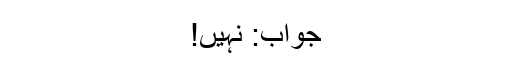
جواب: نہیں!